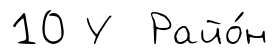
10 У Райо́н